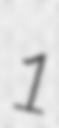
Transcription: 1